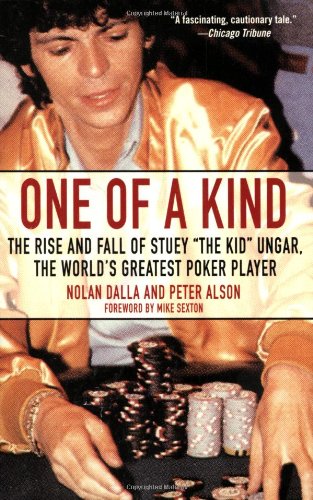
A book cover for One of a Kind: The Rise and Fall of Stuey ',The Kid', Ungar, The World's Greatest Poker Player; Nolan Dalla; Humor & Entertainment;